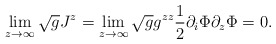
\begin{align*}\lim_{z\to\infty} \sqrt{g} J^z =\lim_{z\to\infty} \sqrt{g} g^{zz} \frac{1}{2} \partial_i\Phi\partial_z\Phi = 0.\end{align*}